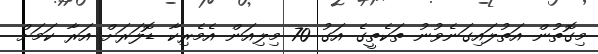
މިގޮތުން އަތުލައިގަނެވުނު ތަކެތީގެ އަގު 70 މިލިއަން އެމެރިކާ ޑޮލަރަށް އަރާ ކަމަށް